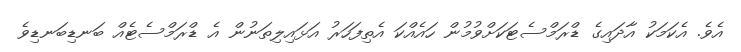
އެވެ. އެކަމަކު އާދައިގެ ޑްރަމްސެޓަކަށްވުމުން ހައެއްކަ އެތިފަހަރު އަޅައިލިތަނުން އެ ޑްރަމްސެޓެއް ބަނޑިބަނޑިވެ